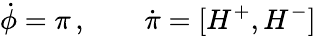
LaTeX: \dot{\phi}=\pi\, ,\qquad\dot{\pi}=[H^{+},H^{-}]